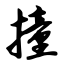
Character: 撞